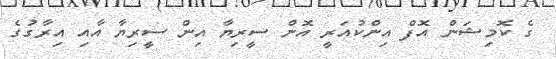
ގެ ކޮމިޝަން އޮފް އިންކުއަރީ އޮން ސީރިޔާ އިން ސީރިޔާ އާއި އިރާގުގެ